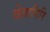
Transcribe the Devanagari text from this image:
वेलागिरि